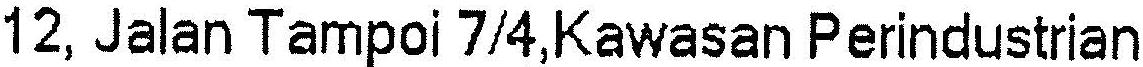
12, JALAN TAMPOI 7/4,KAWASAN PERINDUSTRIAN